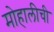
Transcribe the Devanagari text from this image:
मोहालीची